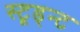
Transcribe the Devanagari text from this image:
स्टूड्न्ट